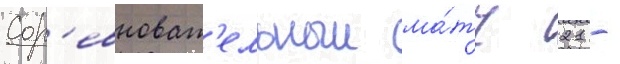
Сор'евноват'ельныи ма́тч 21 -